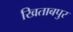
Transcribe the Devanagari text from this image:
खिताबपुर